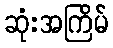
ဆုံးအကြိမ်